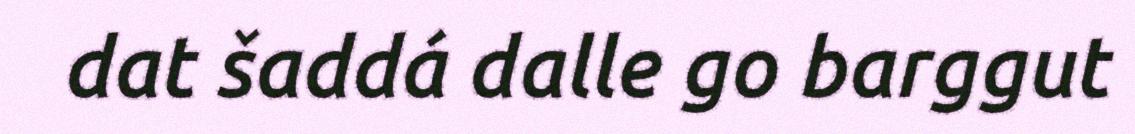
dat šaddá dalle go barggut